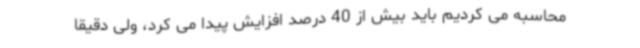
محاسبه می کردیم باید بیش از 40 درصد افزایش پیدا می کرد، ولی دقیقا